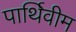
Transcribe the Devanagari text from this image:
पार्थिवीम